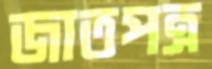
জাতপত্র